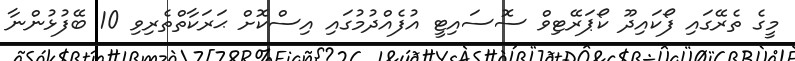
މީގެ ތެރޭގައި ފޯކައިދޫ ކޯޕަރޭޓިވް ސޮސައިޓީ އުފެއްދުމުގައި އިސްކޮށް ޙަރަކާތްތެރިވި 10 ބޭފުޅުންނާ